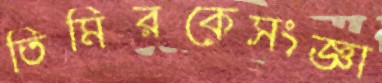
তিমিরকেসংজ্ঞা